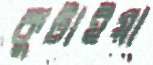
কুটাইয়া